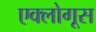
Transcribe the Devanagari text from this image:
एक्लोगूस